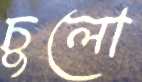
চুলো